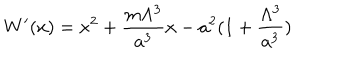
W ^ { \prime } ( x ) = x ^ { 2 } + \frac { m \Lambda ^ { 3 } } { a ^ { 3 } } x - a ^ { 2 } ( 1 + \frac { \Lambda ^ { 3 } } { a ^ { 3 } } )